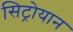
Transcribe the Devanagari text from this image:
सिट्रोयान